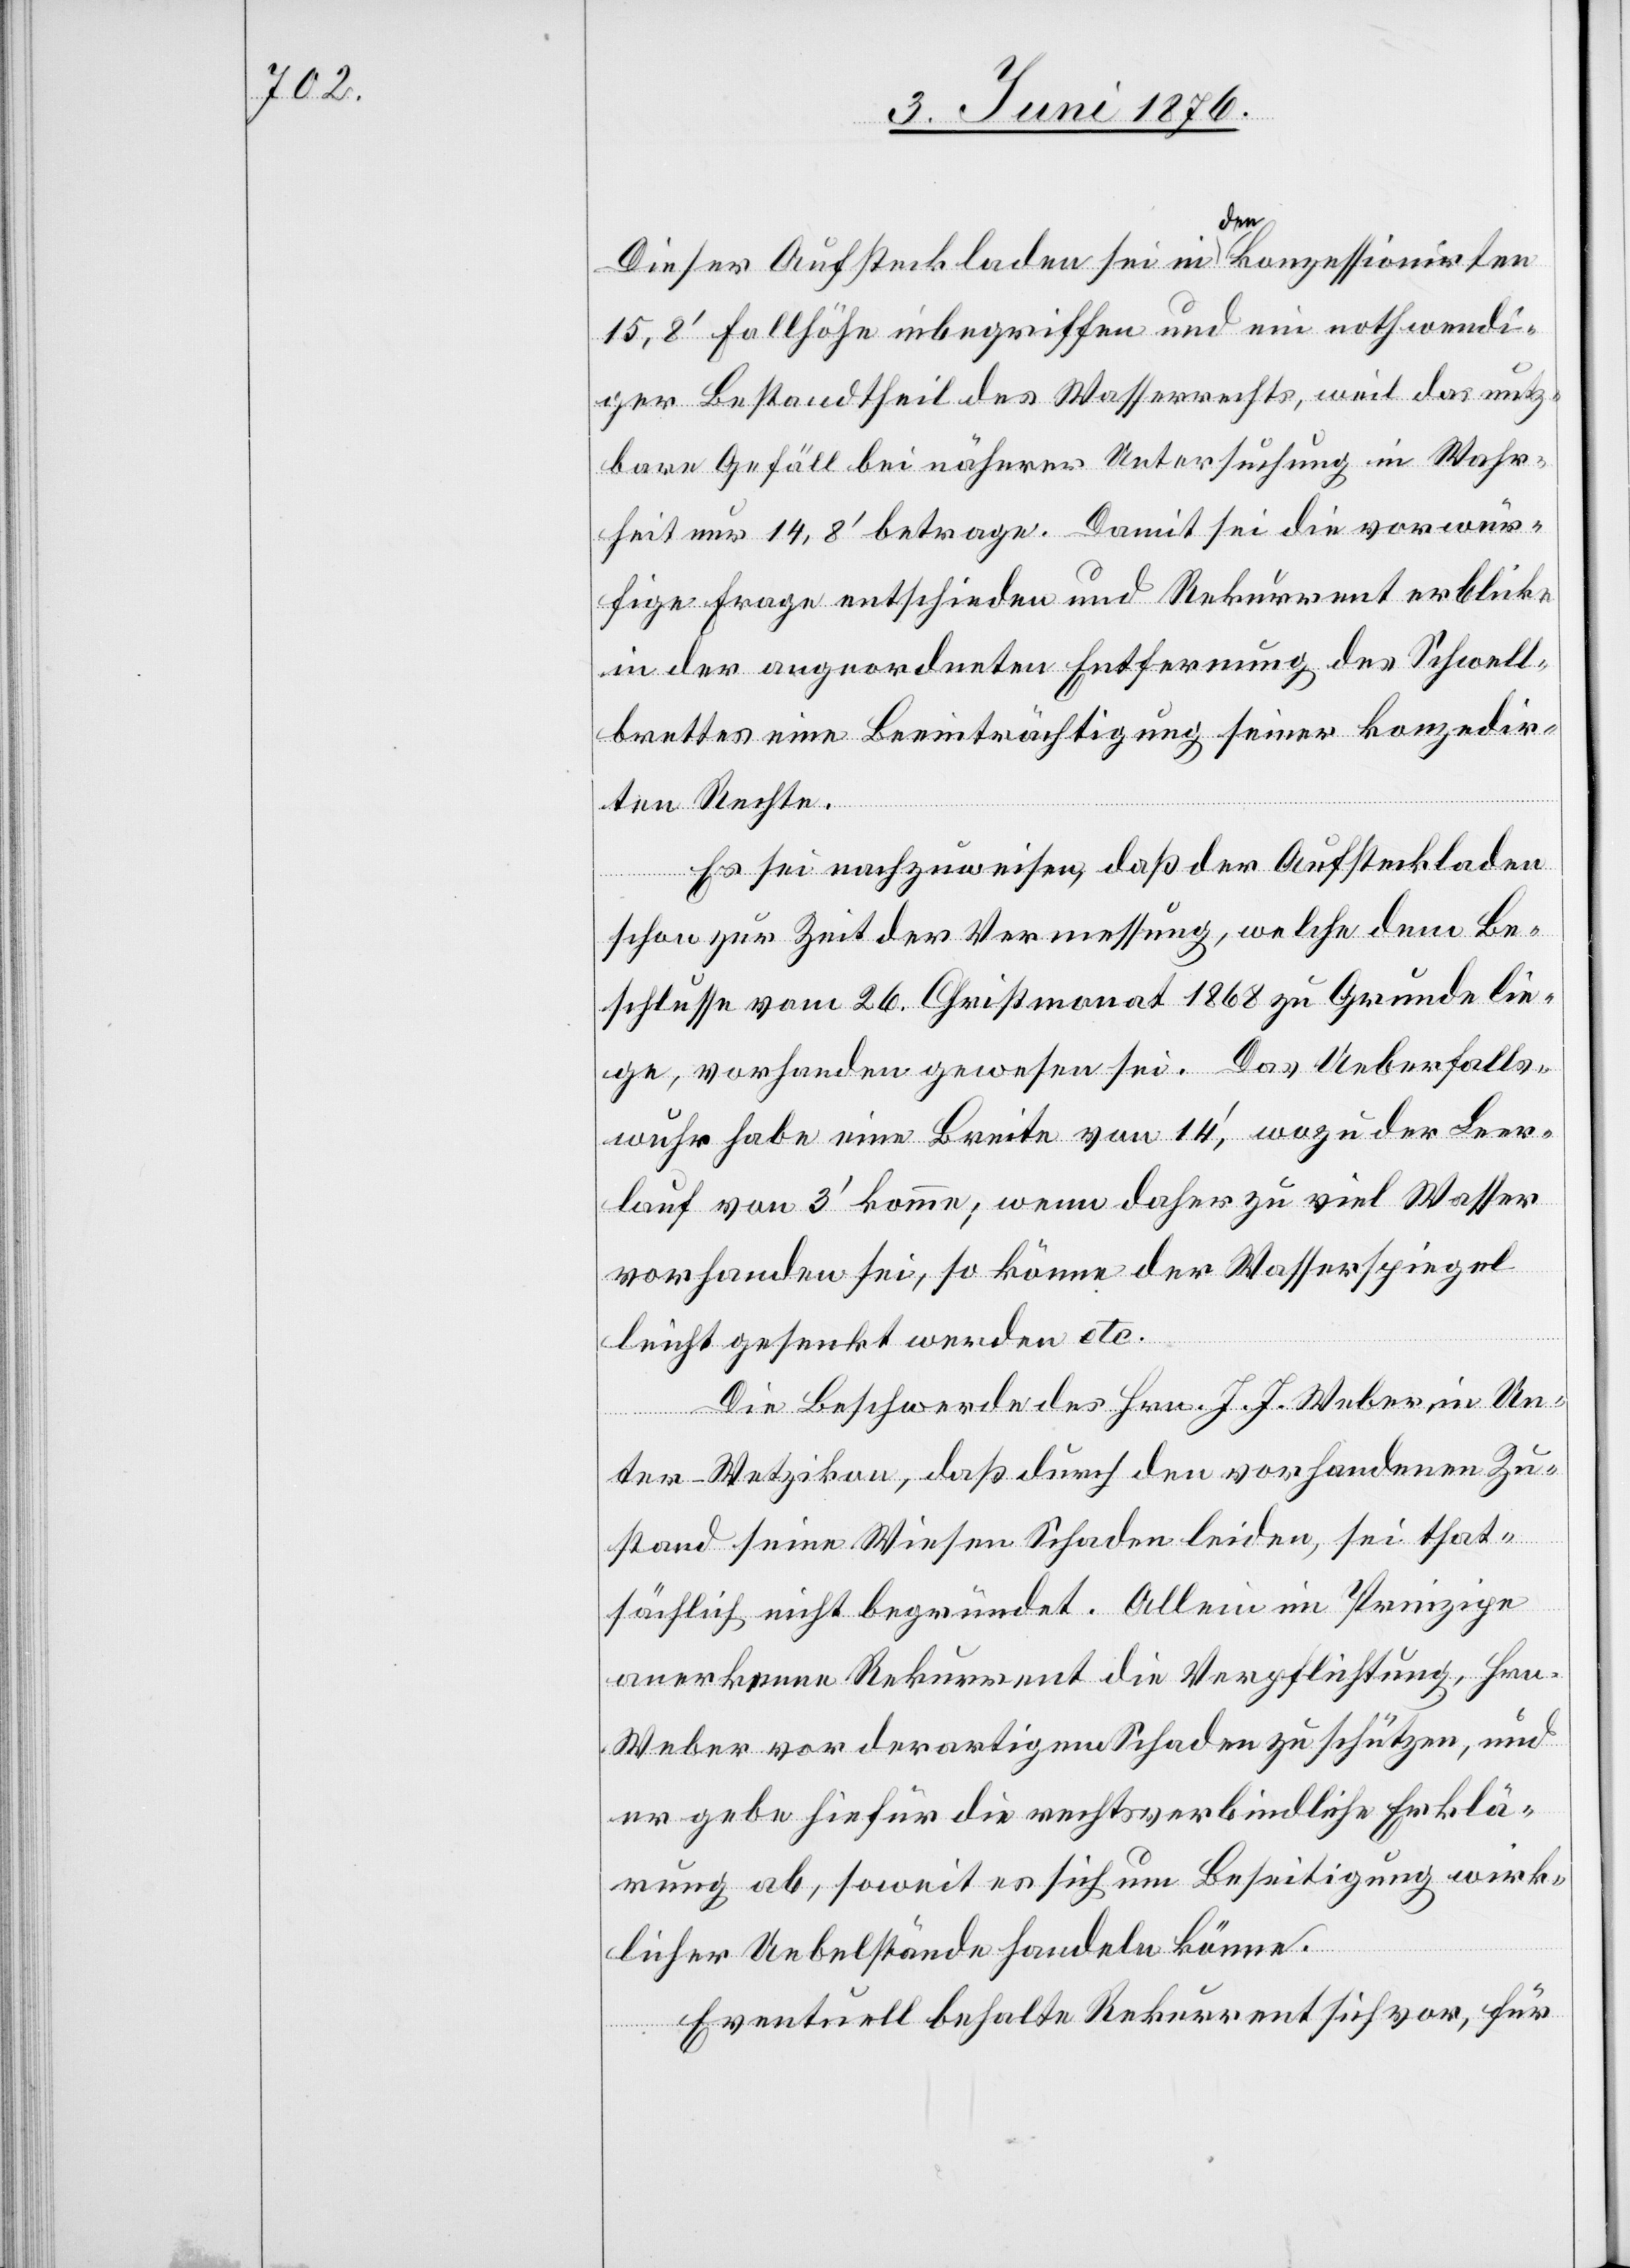
Dieser Aufsteckladen sei in den konzessionirten
15,8‘ Fallhöhe inbegriffen und ein nothwendi¬
ger Bestandtheil des Wasserrechts, weil das nutz¬
bare Gefäll bei näherer Untersuchung in Wahr¬
heit nur 14,8‘ betrage. Damit sei die vorwür¬
fige Frage entschieden und Rekurrent erblicke
in der angeordneten Entfernung des Schwell¬
brettes eine Beeinträchtigung seiner konzedir¬
ten Rechte.
Es sei nachzuweisen, daß der Aufsteckladen
schon zur Zeit der Vermessung, welche dem Be¬
schlusse vom 26. Christmonat 1868 zu Grunde lie¬
ge, vorhanden gewesen sei. Das Ueberfalls¬
wuhr habe eine Breite von 14‘, wozu der Leer¬
lauf von 3‘ komme; wenn daher zu viel Wasser
vorhanden sei, so könne der Wasserspiegel
leicht gesenkt werden etc.
Die Beschwerde des Hrn. J. J. Weber in Un¬
ter-Wetzikon, daß durch den vorhandenen Zu¬
stand seine Wiesen Schaden leiden, sei that¬
sächlich nicht begründet, Allein im Prinzipe
anerkenne Rekurrent die Verpflichtung, Hrn.
Weber vor derartigem Schaden zu schützen, und
er gebe hiefür die rechtsverbindliche Erklä¬
rung ab, soweit es sich um Beseitigung wirk¬
licher Uebelstände handeln könne.
Eventuell behalte Rekurrent sich vor, für